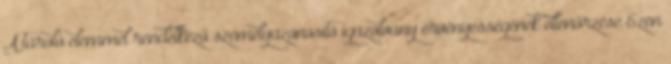
A tároló elemmel rendelkező személyazonosító igazolvány érvényességének ellenőrzése Ezen